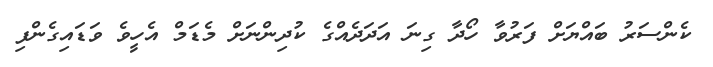
ކެންސަރު ބައްޔަށް ފަރުވާ ހޯދާ ގިނަ އަދަދެއްގެ ކުދިންނަށް މެޑަމް އެހީވެ ވަޑައިގެންފި